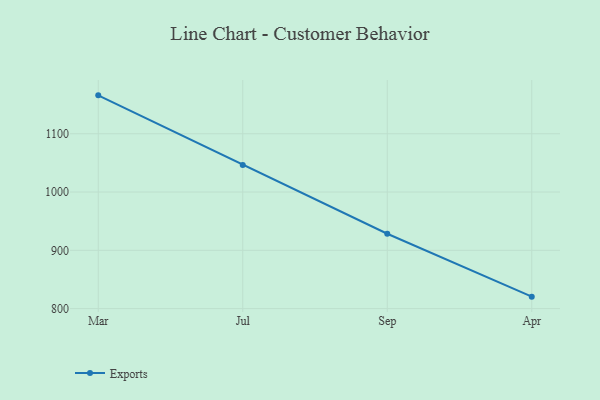
{"axis": {"x": "Month", "y": "Revenue (USD Million)"}, "legend": ["Exports"], "data": [{"x": "Mar", "y": 1165.9, "type": "Exports"}, {"x": "Jul", "y": 1046.5, "type": "Exports"}, {"x": "Sep", "y": 928.4, "type": "Exports"}, {"x": "Apr", "y": 820.5, "type": "Exports"}]}